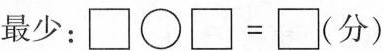
最少：$$\square \bigcirc \square=\square$$